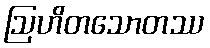
ဩဟိတသောတဿ